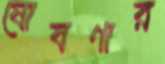
ষোষণার